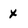
Character: x